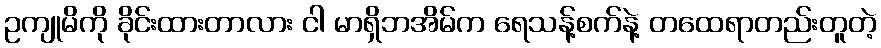
ဥကျုမိကို ခိုင်းထားတာလား ငါ မာရှိဘအိမ်က ရေသန့်စက်နဲ့ တထေရာတည်းတူတဲ့